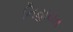
નિહાયત